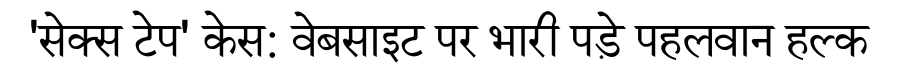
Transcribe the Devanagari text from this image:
'सेक्स टेप' केस: वेबसाइट पर भारी पड़े पहलवान हल्क